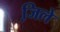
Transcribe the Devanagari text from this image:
जि़ले